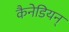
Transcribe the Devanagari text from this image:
कैनेडियन्